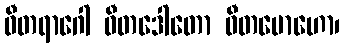
ဝီတရာဂေါ ဝီတဒေါတော ဝီတမောဟော၊